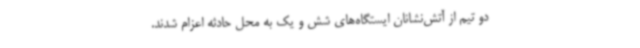
دو تیم از آتش‌نشانان ایستگاه‌های شش و یک به محل حادثه اعزام شدند.